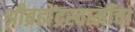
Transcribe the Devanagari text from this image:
श्रीब्रह्मेंद्रस्वामींचा